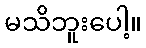
မသိဘူးပေါ့။